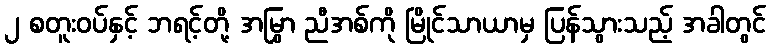
၂ စတူးဝပ်နှင့် ဘရင့်တို့ အမြွှာ ညီအစ်ကို မြိုင်သာယာမှ ပြန်သွားသည့် အခါတွင်